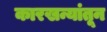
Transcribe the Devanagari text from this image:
कारखन्यांतून